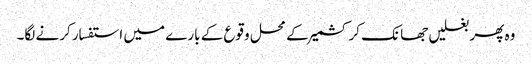
وہ پھر بغلیں جھانک کر کشمیر کے محل وقوع کے بارے میں استفسار کرنے لگا۔